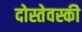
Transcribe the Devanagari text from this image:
दोस्तेवस्की